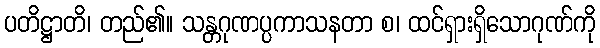
ပတိဋ္ဌာတိ၊ တည်၏။ သန္တဂုဏပ္ပကာသနတာ စ၊ ထင်ရှားရှိသောဂုဏ်ကို